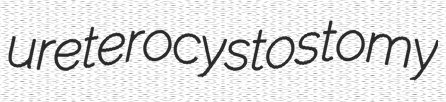
ureterocystostomy